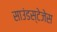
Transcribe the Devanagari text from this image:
साउंडस्टेजेस